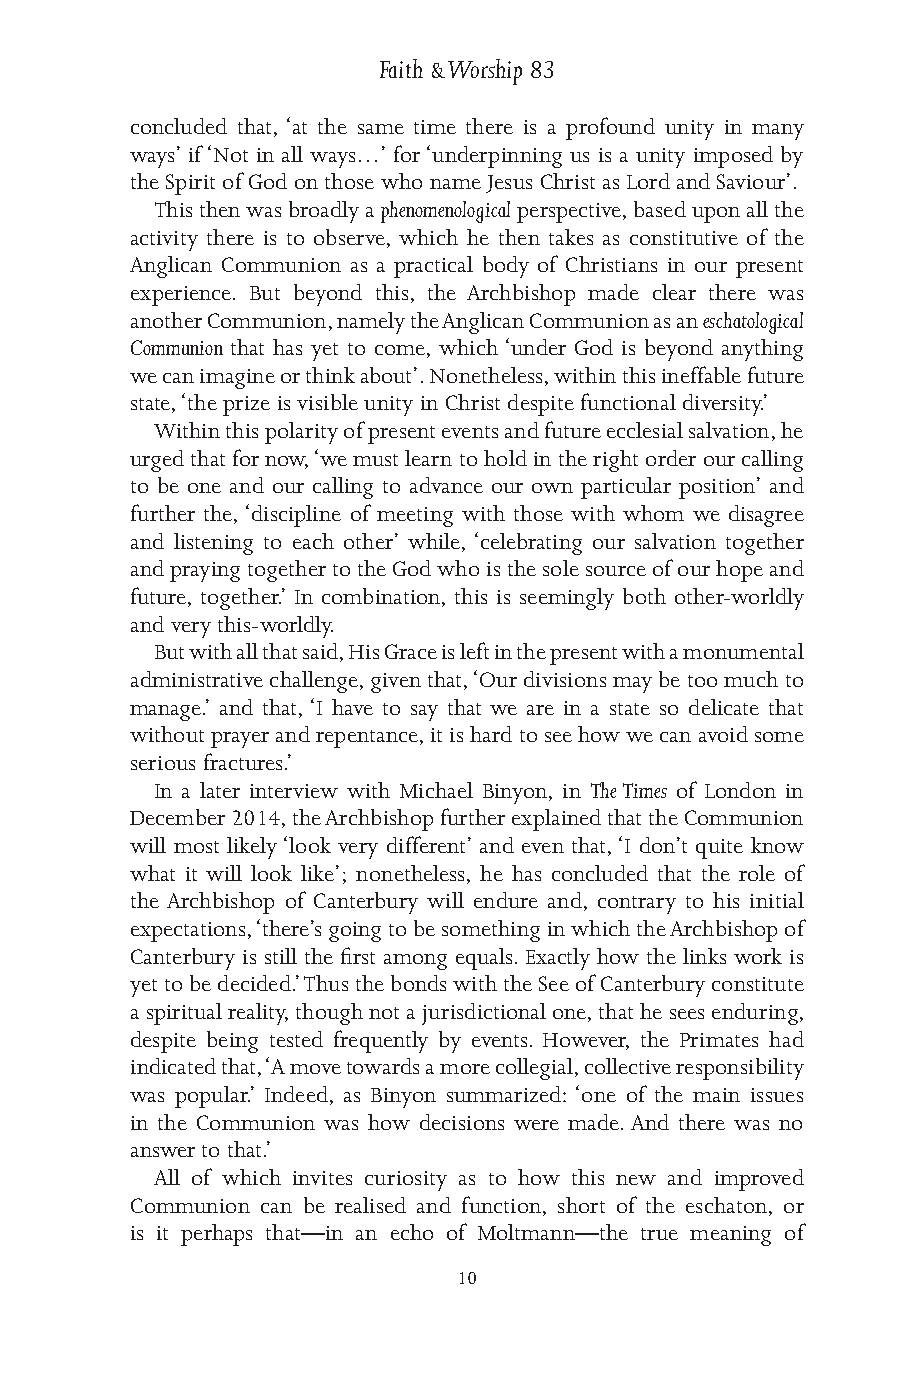
Faith & Worship 83
 concluded that, ‘at the same time there is a profound unity in many
 ways’ if ‘Not in all ways…’ for ‘underpinning us is a unity imposed by
 the Spirit of God on those who name Jesus Christ as Lord and Saviour’.
 This then was broadly a phenomenological perspective, based upon all the
 activity there is to observe, which he then takes as constitutive of the
 Anglican Communion as a practical body of Christians in our present
 experience. But beyond this, the Archbishop made clear there was
 another Communion, namely the Anglican Communion as an eschatological
 Communion that has yet to come, which ‘under God is beyond anything
 we can imagine or think about’. Nonetheless, within this ineffable future
 state, ‘the prize is visible unity in Christ despite functional diversity.’
 Within this polarity of present events and future ecclesial salvation, he
 urged that for now, ‘we must learn to hold in the right order our calling
 to be one and our calling to advance our own particular position’ and
 further the, ‘discipline of meeting with those with whom we disagree
 and listening to each other’ while, ‘celebrating our salvation together
 and praying together to the God who is the sole source of our hope and
 future, together.’ In combination, this is seemingly both other-worldly
 and very this-worldly.
 But with all that said, His Grace is left in the present with a monumental
 administrative challenge, given that, ‘Our divisions may be too much to
 manage.’ and that, ‘I have to say that we are in a state so delicate that
 without prayer and repentance, it is hard to see how we can avoid some
 serious fractures.’
 In a later interview with Michael Binyon, in The Times of London in
 December 2014, the Archbishop further explained that the Communion
 will most likely ‘look very different’ and even that, ‘I don’t quite know
 what it will look like’; nonetheless, he has concluded that the role of
 the Archbishop of Canterbury will endure and, contrary to his initial
 expectations, ‘there’s going to be something in which the Archbishop of
 Canterbury is still the first among equals. Exactly how the links work is
 yet to be decided.’ Thus the bonds with the See of Canterbury constitute
 a spiritual reality, though not a jurisdictional one, that he sees enduring,
 despite being tested frequently by events. However, the Primates had
 indicated that, ‘A move towards a more collegial, collective responsibility
 was popular.’ Indeed, as Binyon summarized: ‘one of the main issues
 in the Communion was how decisions were made. And there was no
 answer to that.’
 All of which invites curiosity as to how this new and improved
 Communion can be realised and function, short of the eschaton, or
 is it perhaps that—in an echo of Moltmann—the true meaning of
 10